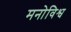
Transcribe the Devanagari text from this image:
मनोविश्व